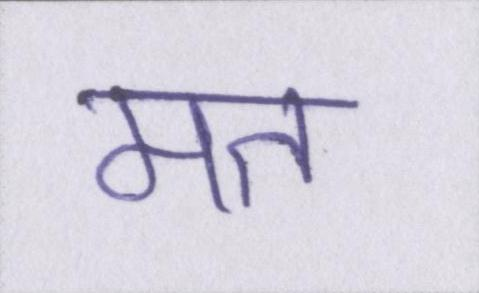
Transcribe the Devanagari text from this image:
मत